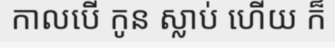
កាលបើ កូន ស្លាប់ ហើយ ក៏